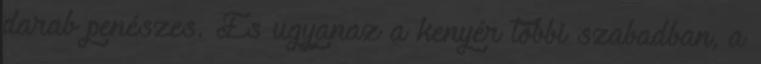
darab penészes. És ugyanaz a kenyér többi szabadban, a